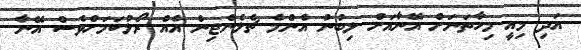
އަދި މިއީ މިހާތަނަށް އޭނާއަށް ލިބުނު އެންމެ ޗެލެންޖިން އެއް ރޯލުކަމަށްވެސް އޭނާ